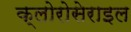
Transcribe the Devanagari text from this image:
क्लोरोसेराइल